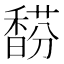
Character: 𩡉